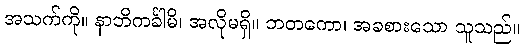
အသက်ကို။ နာဘိကင်္ခါမိ၊ အလိုမရှိ။ ဘတကော၊ အခစားသော သူသည်။